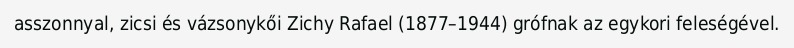
asszonnyal, zicsi és vázsonykői Zichy Rafael (1877–1944) grófnak az egykori feleségével.